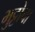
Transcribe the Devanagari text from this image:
भुट्टोचा